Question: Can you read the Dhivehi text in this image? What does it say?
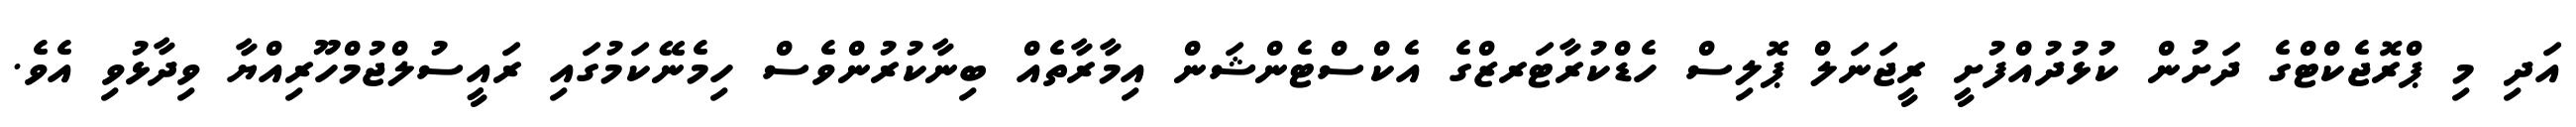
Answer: އަދި މި ޕްރޮޖެކްޓްގެ ދަށުން ކުޅުދުއްފުށީ ރީޖަނަލް ޕޮލިސް ހެޑްކުރާޓަރޒްގެ އެކްސްޓެންޝަން އިމާރާތެއް ބިނާކުރުންވެސް ހިމެނޭކަމުގައި ރައީސުލްޖުމްހޫރިއްޔާ ވިދާޅުވި އެވެ.